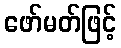
ဖော်မတ်ဖြင့်